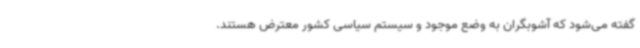
گفته می‌شود که آشوبگران به وضع موجود و سیستم سیاسی کشور معترض هستند.